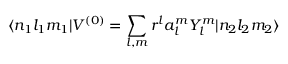
\langle n _ { 1 } l _ { 1 } m _ { 1 } | V ^ { ( 0 ) } = \sum _ { l , m } r ^ { l } a _ { l } ^ { m } Y _ { l } ^ { m } | n _ { 2 } l _ { 2 } m _ { 2 } \rangle